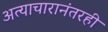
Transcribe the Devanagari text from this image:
अत्याचारानंतरही